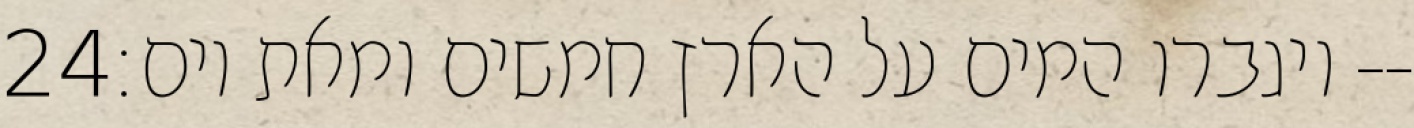
‎24‏ ויגברו המים על הארץ חמשים ומאת יום׃--